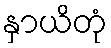
နှာယိတုံ